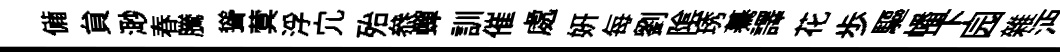
備貟𣺌春騰聳蓂浮宂殆叅蟬訓催處妍每劉隂琇驀譯花歩驅幡下园雜沔